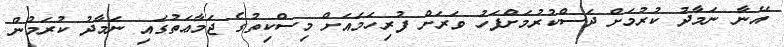
އޭނާ ނަމާދު ކުރުމަށް ދަސްކުރުމަށްފަހު ވަރަށް ފުރިހަމައަށް މިސްކިތުގެ ޖަމާޢަތުގައި ނަމާދު ކުރަމުން